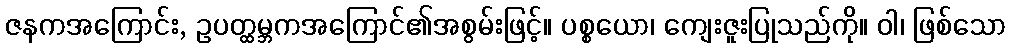
ဇနကအကြောင်း, ဥပတ္ထမ္ဘကအကြောင်၏အစွမ်းဖြင့်။ ပစ္စယော၊ ကျေးဇူးပြုသည်ကို။ ဝါ၊ ဖြစ်သော